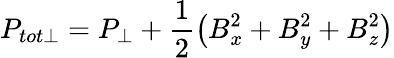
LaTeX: P_{tot\perp}=P_{\perp}+\frac{1}{2}\left(B_{x}^{2}+B_{y}^{2}+B_{z}^{2}\right)